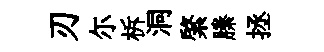
刃尓柝洞綮縢拯